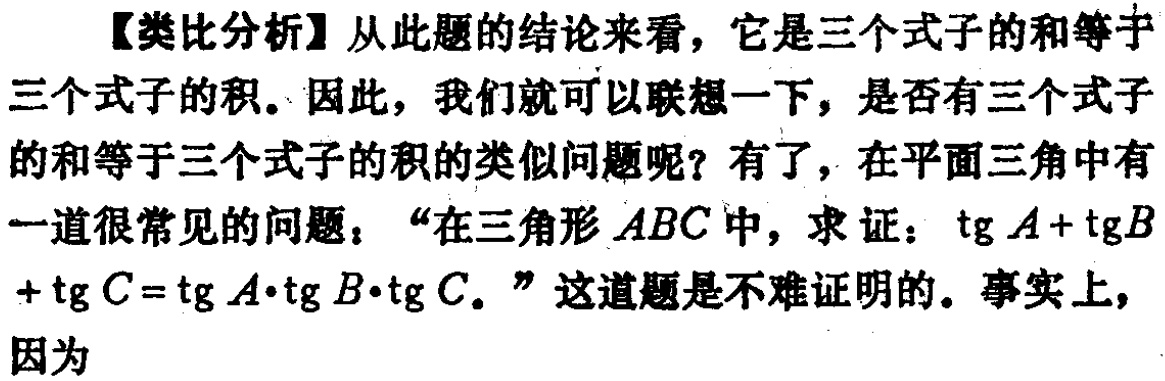
【类比分析】从此题的结论来看，它是三个式子的和等于三个式子的积。因此，我们就可以联想一下，是否有三个式子的和等于三个式子的积的类似问题呢？有了，在平面三角中有一道很常见的问题：“在三角形 \(ABC\) 中，求证：\(\text{tg }A+\text{tg }B+\text{tg }C = \text{tg }A\cdot\text{tg }B\cdot\text{tg }C\)。”这道题是不难证明的。事实上，因为